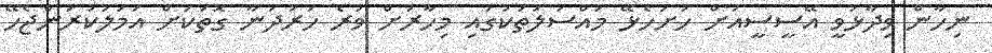
ނިހާން ވިދާޅުވީ އޭސީސީއަށް ހުށަހެޅޭ މައްސަލަތަކުގައި މިހާރަށް ވުރެ ހަރުދަނާ ގޮތަކަށް އަމަލުކުރަންޖެހޭ